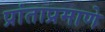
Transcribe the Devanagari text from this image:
प्रांताप्रमाणे